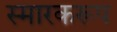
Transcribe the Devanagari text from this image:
स्मारकरूप